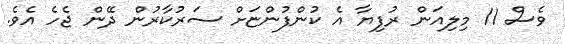
ވެސް 11 މިލިއަން ރުފިޔާ އެ ކުންފުންޏަށް ސަރުކާރުން ދޭން ޖެހެ އެވެ.